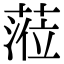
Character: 蒞